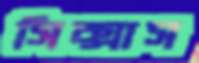
সিক্সাস